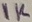
Text: 1K